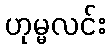
ဟုမ္မလင်း